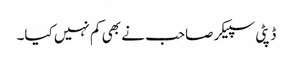
ڈپٹی سپیکر صاحب نے بھی کم نہیں کیا۔